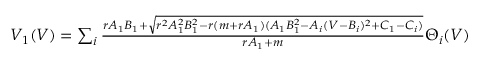
\begin{array} { r } { V _ { 1 } ( V ) = \sum _ { i } \frac { r A _ { 1 } B _ { 1 } + \sqrt { r ^ { 2 } A _ { 1 } ^ { 2 } B _ { 1 } ^ { 2 } - r ( m + r A _ { 1 } ) ( A _ { 1 } B _ { 1 } ^ { 2 } - A _ { i } ( V - B _ { i } ) ^ { 2 } + C _ { 1 } - C _ { i } ) } } { r A _ { 1 } + m } \Theta _ { i } ( V ) } \end{array}